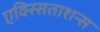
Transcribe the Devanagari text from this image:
एक्स्सिताशन्स